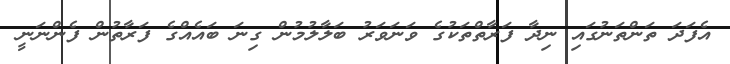
އެފަދަ ތަންތަނުގައި ނިދާ ފަރާތްތަކުގެ ވަނަވަރު ބަލާލުމުން ގިނަ ބައެއްގެ ފަރާތުން ފެންނަނީ